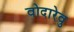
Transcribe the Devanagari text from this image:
वोदारेवु